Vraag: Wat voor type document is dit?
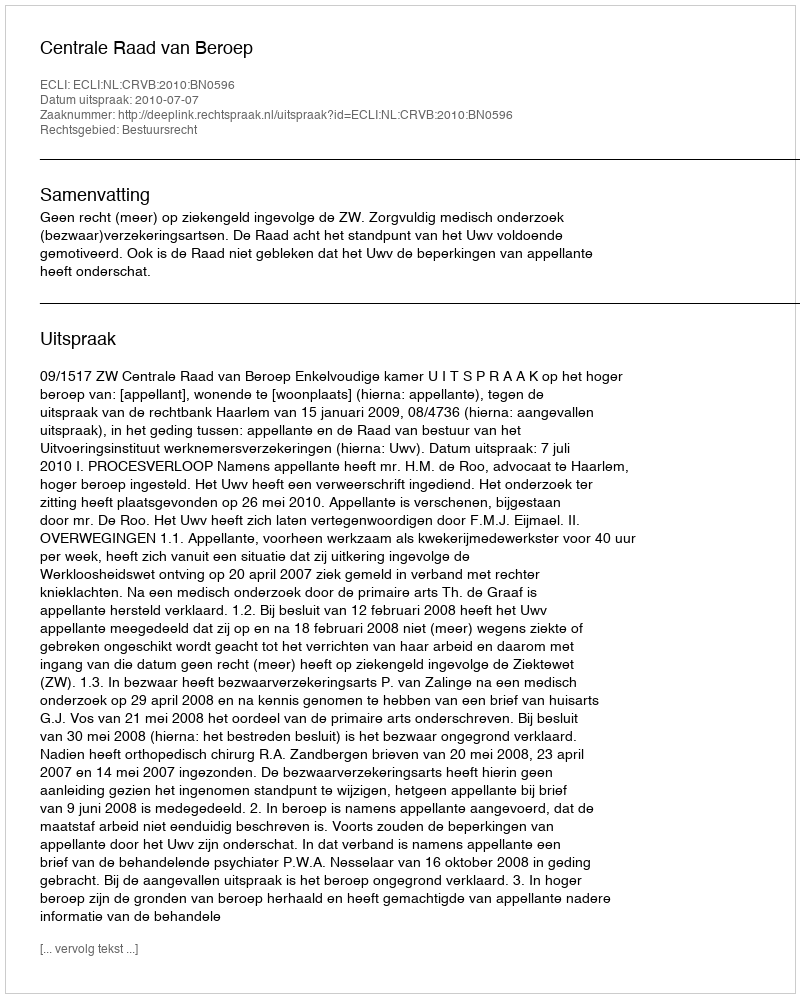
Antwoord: Uitspraak